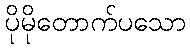
ပိုမိုတောက်ပသော